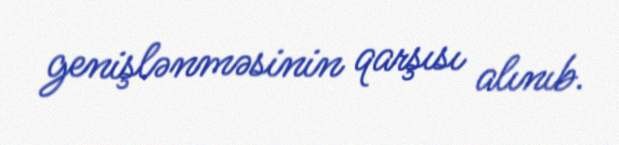
genişlənməsinin qarşısı alınıb.